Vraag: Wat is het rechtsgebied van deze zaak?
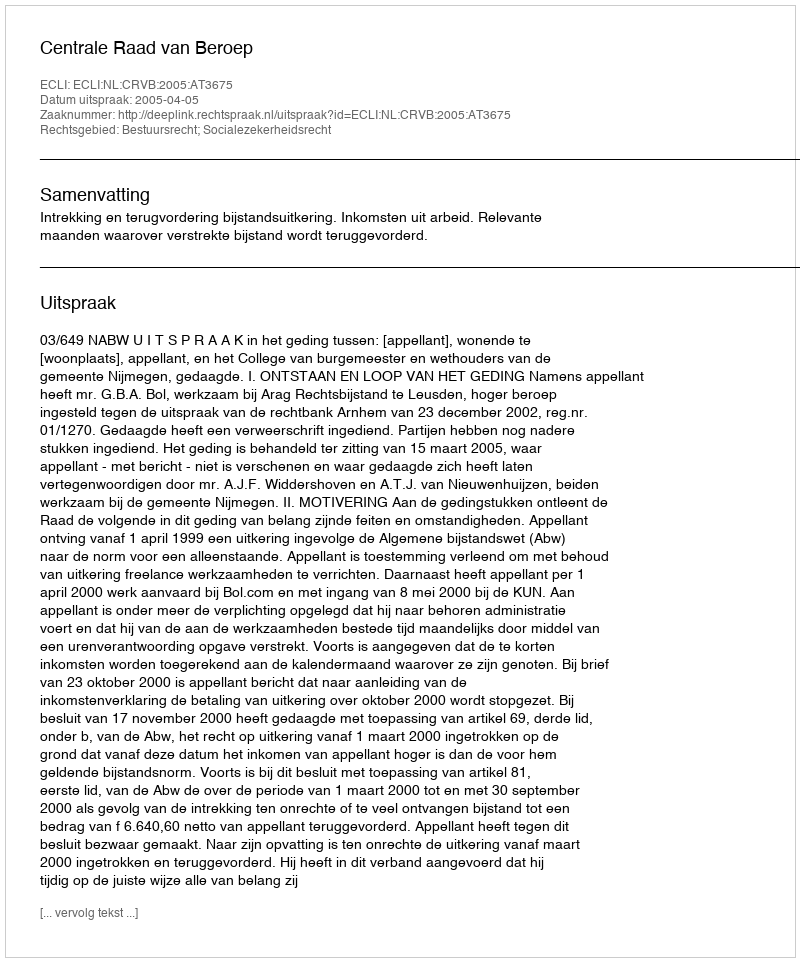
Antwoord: Bestuursrecht; Socialezekerheidsrecht